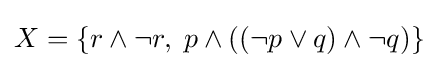
X=\{r\land \neg r,\;p\land ((\neg p\lor q)\land \neg q)\}